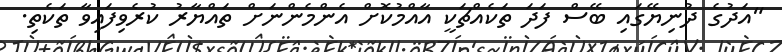
"އަދުގެ ދުނިޔޭގައި ބޭސް ފަދަ ތަކެއްޗަކީ އާއްމުކޮށް އެންމެންނަށް ތައްޔާރު ކުރެވިފައިވާ ތަކެތި.